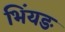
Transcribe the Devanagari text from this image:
भिँयङ